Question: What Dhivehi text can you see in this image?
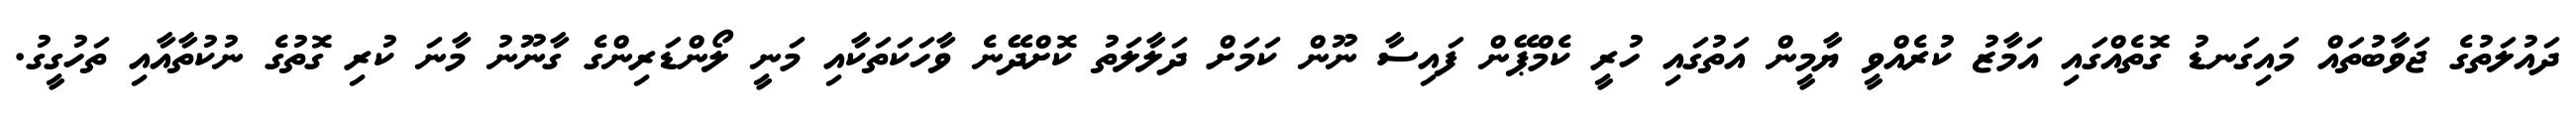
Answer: ދައުލަތުގެ ޖަވާބުތައް މައިގަނޑު ގޮތެއްގައި އަމާޒު ކުރެއްވީ ޔާމީން އަތުގައި ހުރީ ކެމްޕޭން ފައިސާ ނޫން ކަމަށް ދަލާލަތު ކޮށްދޭނެ ވާހަކަތަކާއި މަނީ ލޯންޑަރިންގެ ގާނޫނު މާނަ ކުރި ގޮތުގެ ނުކުތާއާއި ތަހުގީގު.